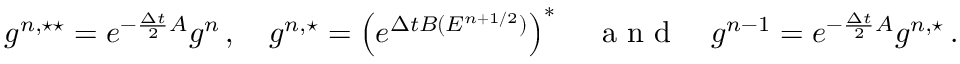
g ^ { n , \star \star } = e ^ { - \frac { \Delta t } { 2 } A } g ^ { n } \, , \quad g ^ { n , \star } = \left( e ^ { \Delta t B ( E ^ { n + 1 / 2 } ) } \right) ^ { * } \quad \mathrm { ~ a ~ n ~ d ~ } \quad g ^ { n - 1 } = e ^ { - \frac { \Delta t } { 2 } A } g ^ { n , \star } \, .